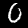
Label: 0